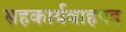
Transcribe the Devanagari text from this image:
सहकार्यवाहपद